Burma Government Medical School reports 1923-41
Year: 1923
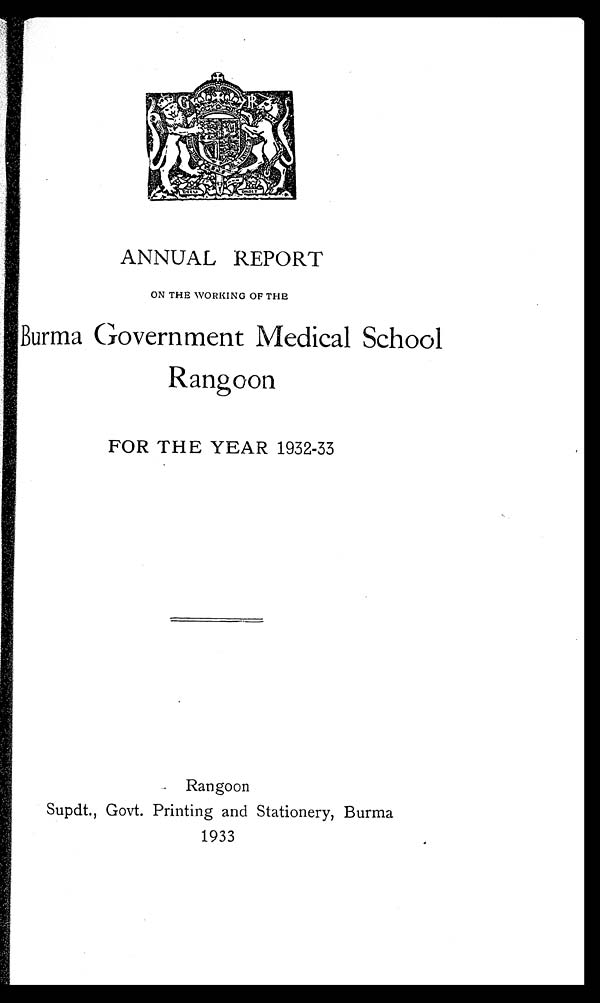
ANNUAL REPORT
ON THE WORKING OF THE
Burma Government Medical School
Rangoon
FOR THE YEAR 1932-33
Rangoon
Supdt., Govt. Printing and Stationery, Burma
1933